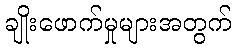
ချိုးဖောက်မှုများအတွက်